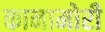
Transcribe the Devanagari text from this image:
कानामोरी